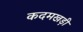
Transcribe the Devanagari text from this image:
कदमखड़ी